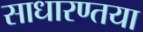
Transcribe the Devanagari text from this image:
साधारण्तया